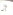
أنا